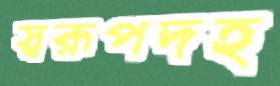
স্বরূপদহ